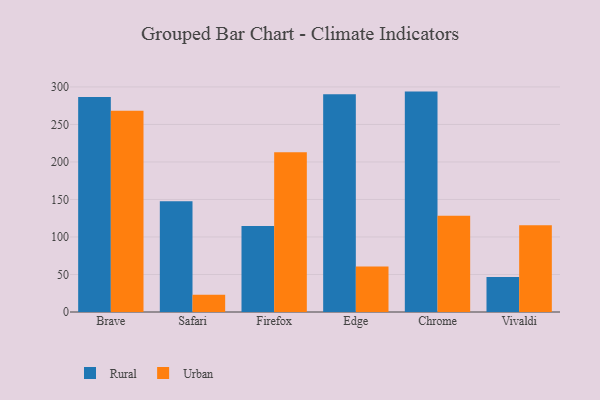
{"axis": {"x": "Browser", "y": "LTV (USD)"}, "legend": ["Rural", "Urban"], "data": [{"x": "Brave", "y": 286.5, "type": "Rural"}, {"x": "Brave", "y": 268.4, "type": "Urban"}, {"x": "Safari", "y": 147.6, "type": "Rural"}, {"x": "Safari", "y": 22.9, "type": "Urban"}, {"x": "Firefox", "y": 114.5, "type": "Rural"}, {"x": "Firefox", "y": 213.1, "type": "Urban"}, {"x": "Edge", "y": 290.3, "type": "Rural"}, {"x": "Edge", "y": 60.6, "type": "Urban"}, {"x": "Chrome", "y": 293.8, "type": "Rural"}, {"x": "Chrome", "y": 128.3, "type": "Urban"}, {"x": "Vivaldi", "y": 46.7, "type": "Rural"}, {"x": "Vivaldi", "y": 115.8, "type": "Urban"}]}